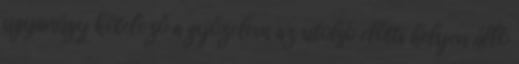
ugyanúgy kötelező a győzelem az utolsó előtti helyen álló